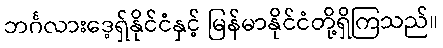
ဘင်္ဂလားဒေ့ရှ်နိုင်ငံနှင့် မြန်မာနိုင်ငံတို့ရှိကြသည်။